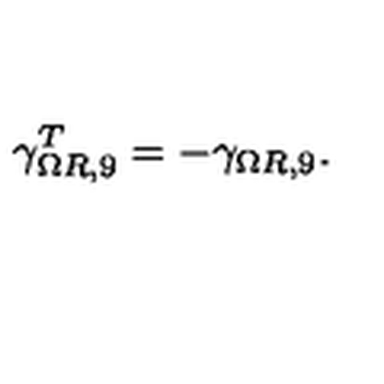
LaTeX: \gamma _ { \Omega R , 9 } ^ { T } = - \gamma _ { \Omega R , 9 } .